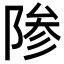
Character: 𬯊